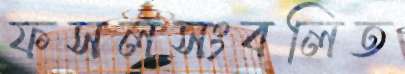
ফসলসংবলিত